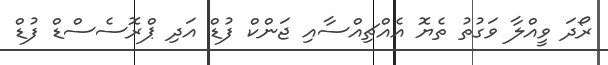
ރޯދަ ވީއްލާ ވަގުތު ތެޔޮ އެއްޗިއްސާއި ޖަންކް ފުޑް އަދި ޕްރޮސެސްޑް ފުޑް